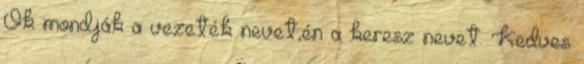
Ők mondják a vezeték nevet,én a keresz nevet. Kedves